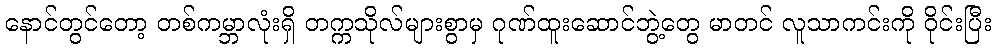
နောင်တွင်တော့ တစ်ကမ္ဘာလုံးရှိ တက္ကသိုလ်များစွာမှ ဂုဏ်ထူးဆောင်ဘွဲ့တွေ မာတင် လူသာကင်းကို ဝိုင်းပြီး